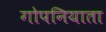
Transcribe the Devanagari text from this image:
गोपनियाता